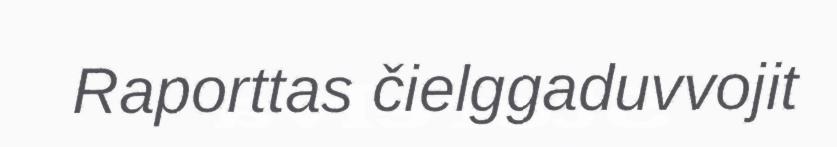
Raporttas čielggaduvvojit